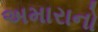
અમારાનો